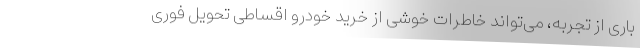
باری از تجربه، می‌تواند خاطرات خوشی از خرید خودرو اقساطی تحویل فوری